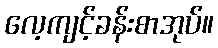
လေ့ကျင့်ခန်းစာအုပ်။